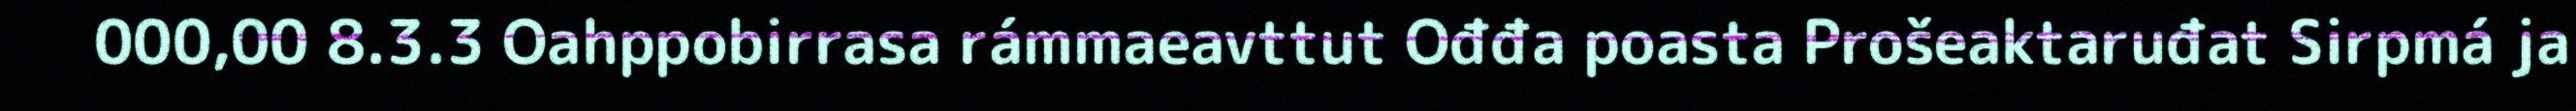
000,00 8.3.3 Oahppobirrasa rámmaeavttut Ođđa poasta Prošeaktaruđat Sirpmá ja